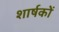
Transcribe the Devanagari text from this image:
शार्षकों